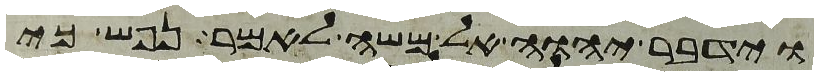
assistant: וידבר יהוה אל משה לאמר נפש כי